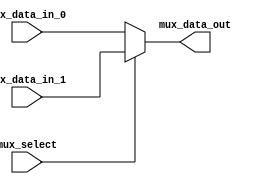
`timescale 1ns / 1ps
//////////////////////////////////////////////////////////////////////////////////
// Company: 
// Engineer: 
// 
// Design Name: 
// Module Name: MUX
// Project Name: 
// Target Devices: 
// Tool Versions: 
// Description: 
// 
// Dependencies: 
// 
// Revision:
// Revision 0.01 - File Created
// Additional Comments:
// 
//////////////////////////////////////////////////////////////////////////////////


module Mux1_2#(parameter DATA_BITS = 32)(mux_select,mux_data_in_0,mux_data_in_1,mux_data_out);
    input mux_select;
    input [DATA_BITS-1:0]mux_data_in_0;
    input [DATA_BITS-1:0]mux_data_in_1;
    output reg[DATA_BITS-1:0]mux_data_out;
        
    initial
    begin
        mux_data_out=0;
    end
    
    always@(*)
    begin
        if (mux_select)
            mux_data_out = mux_data_in_1;
        else
            mux_data_out = mux_data_in_0;
    end
    
    
endmodule